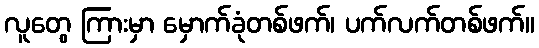
လူတွေ ကြားမှာ မှောက်ခုံတစ်ဖက်၊ ပက်လက်တစ်ဖက်။